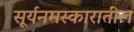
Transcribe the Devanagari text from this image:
सूर्यनमस्कारातील